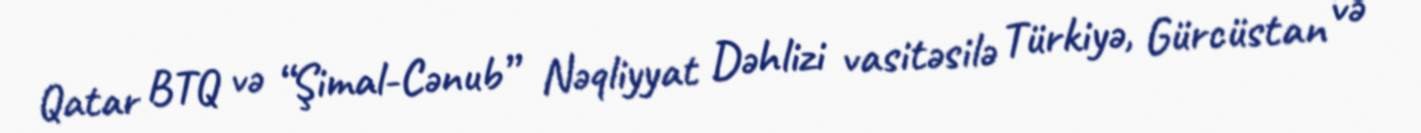
Qatar BTQ və “Şimal-Cənub” Nəqliyyat Dəhlizi vasitəsilə Türkiyə, Gürcüstan və